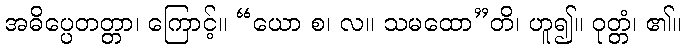
အဓိပ္ပေတတ္တာ၊ ကြောင့်။ “ယော စ၊ လ။ သမထော”တိ၊ ဟူ၍။ ဝုတ္တံ၊ ၏။